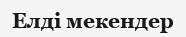
Елді мекендер